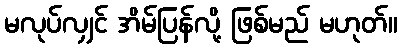
မလုပ်လျှင် အိမ်ပြန်လို့ ဖြစ်မည် မဟုတ်။